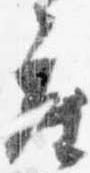
座